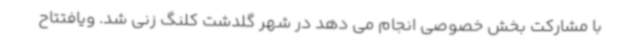
با مشارکت بخش خصوصی انجام می دهد در شهر گلدشت کلنگ زنی شد. ویافتتاح